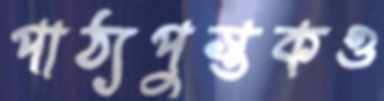
পাঠ্যপুস্তকও